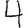
Digit: 4